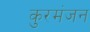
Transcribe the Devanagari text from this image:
कुरमंजन